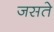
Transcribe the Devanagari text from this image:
जसते